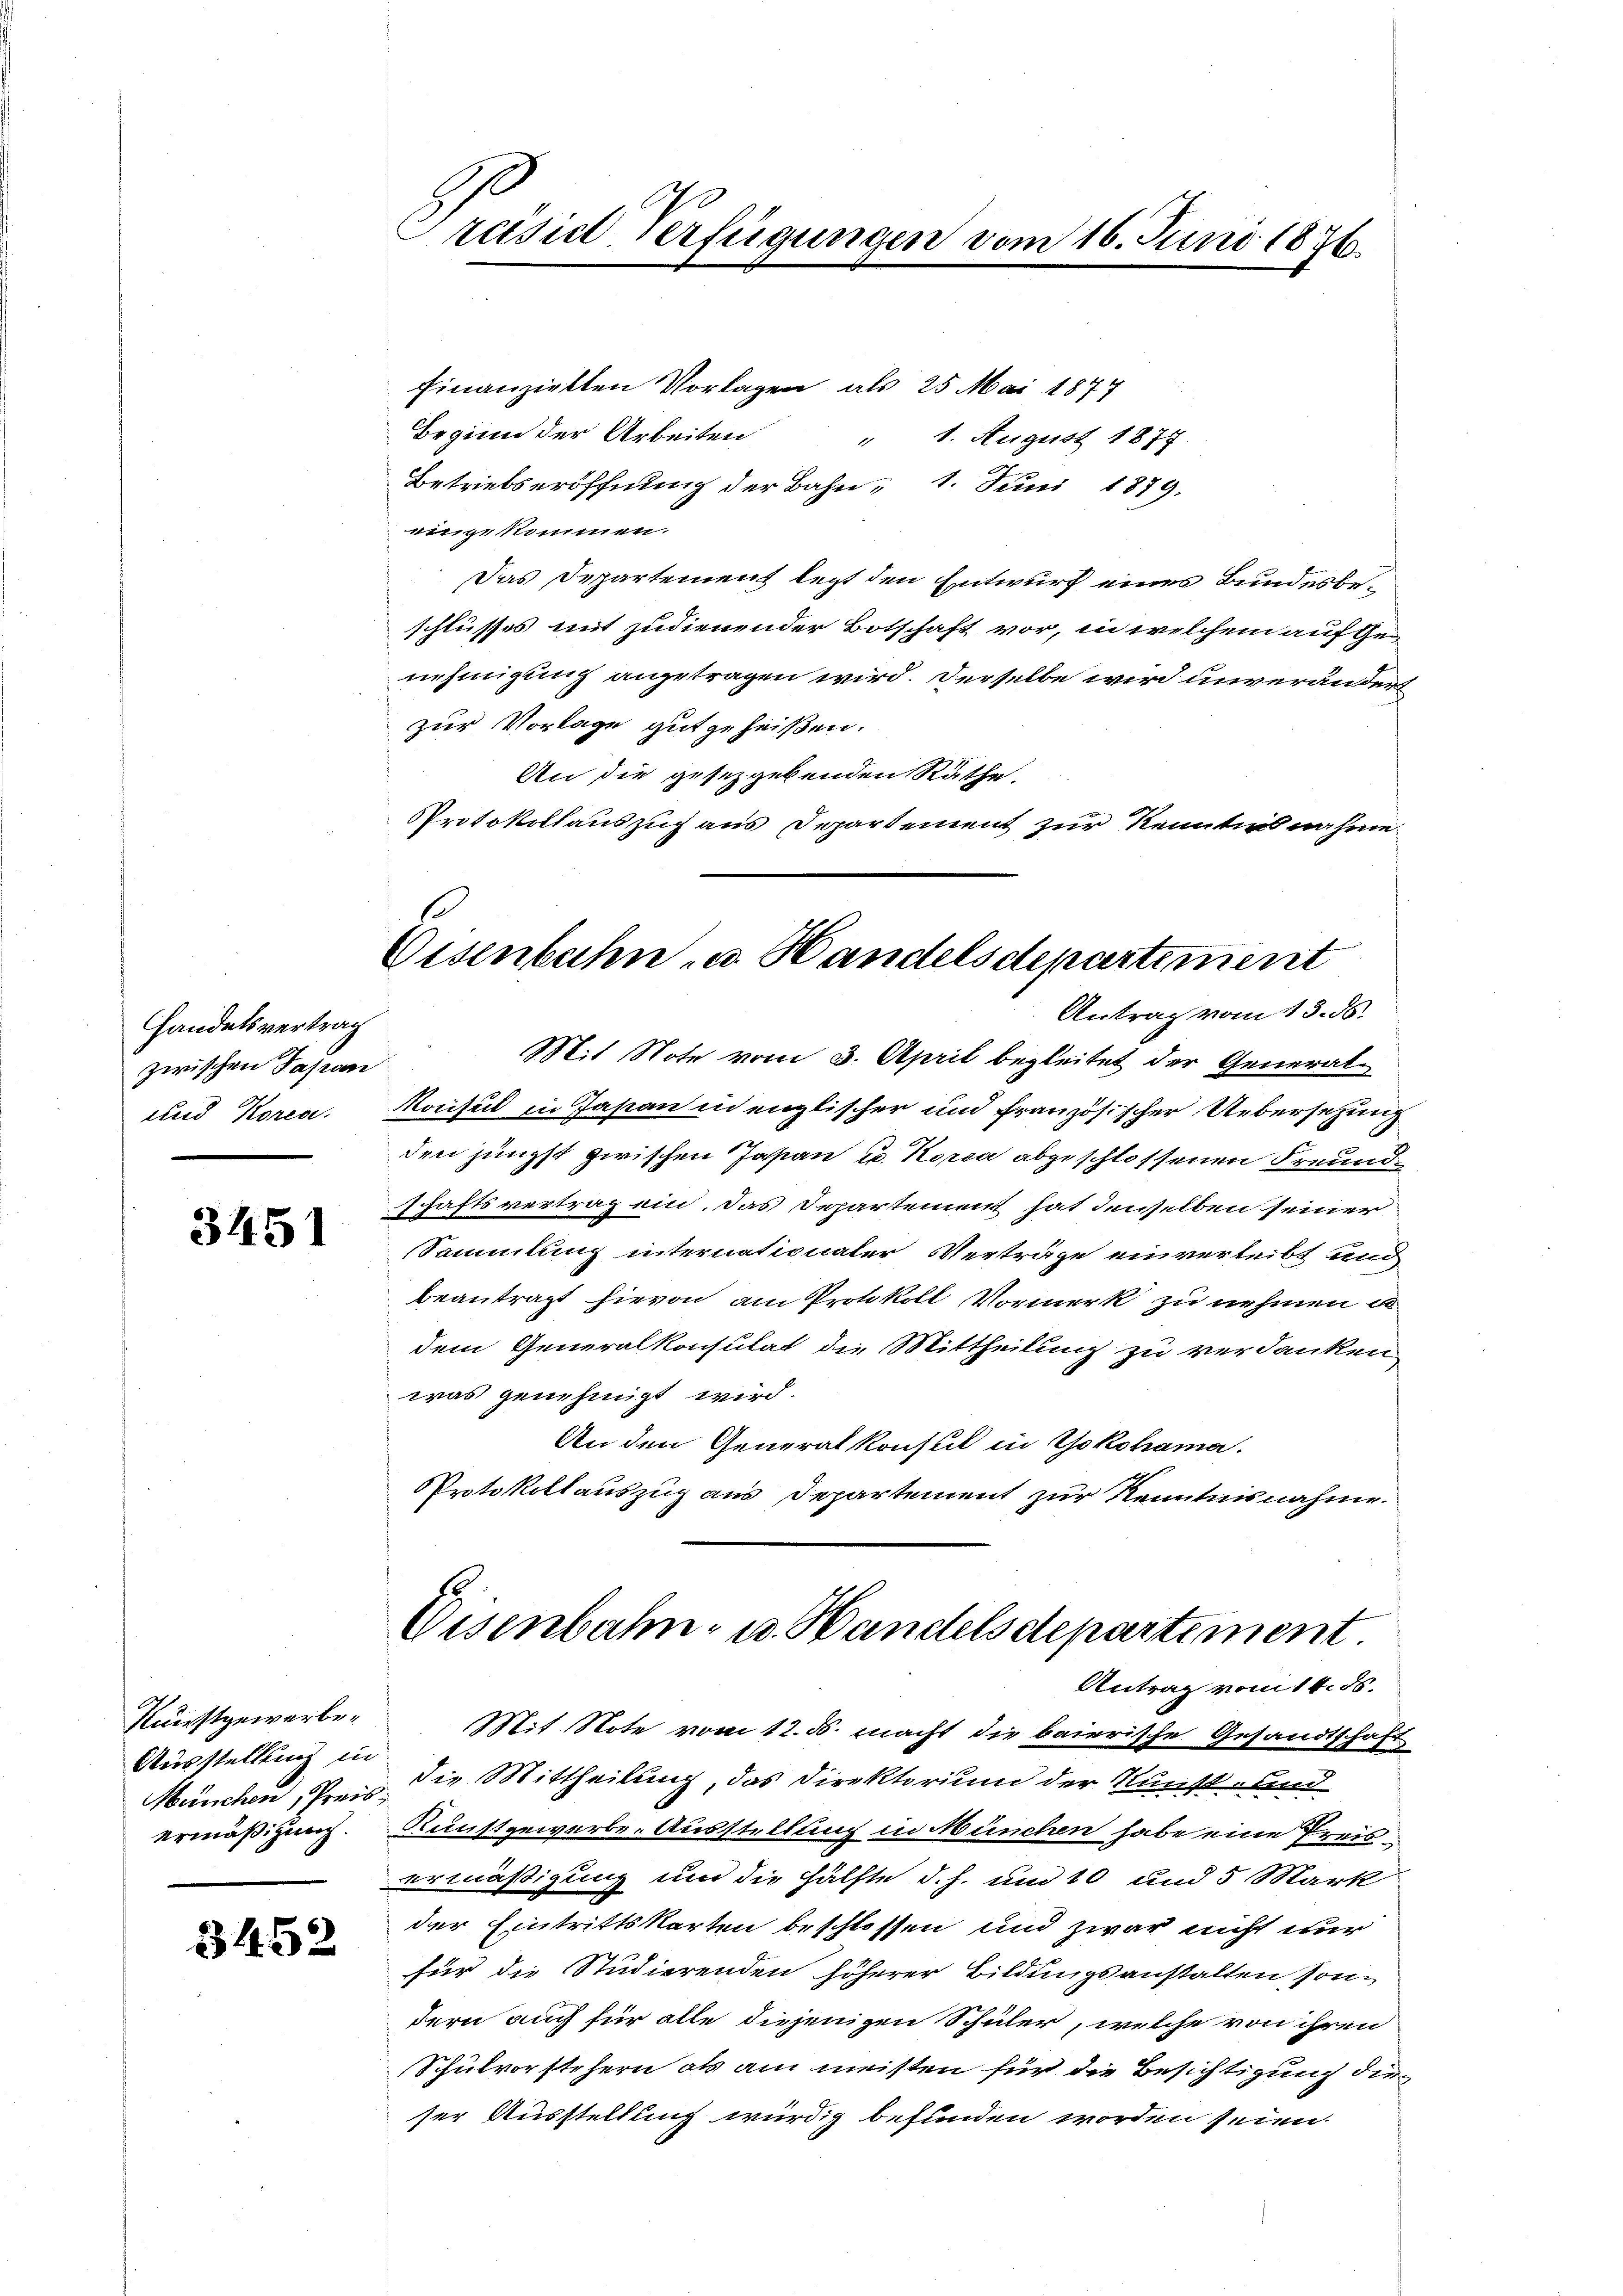
Handelsvertrag
zwischen Japani
und Korec

3451

Kunstgewerben
Ausstellung in
München, Preis-
ermäßigung.

3452

Präside Verfügungen vom 16. Juni 1876.

finanziellen Vorlagen, als 25 Mai 1877
Beginn der Arbeiten
" 1. August 1877.
Betriebseröffnung der Bahn- 1. Juni 1879.
eingekommen.
Das Departement legt den Entwurf eines Bundesbeschlusses mit zudienender Botschaft vor, in welchem auf Genehmigung angetragen wird. Derselbe wird unverändert
zur Vorlage gutgeheißen.
An die gesezgebenden Räthe.
Protokollauszug aus Departement zur Kenntias nahme

Eisenbahn u. Handelsdepartement
Antrag vom 13. ds.

Mit Note vom 3. April begleitet der General¬
Konsul in Japan in englischer und französischer Uebersetzung
den jüngst zwischen Japan u. Kopia abgeschlossenen Freundschaftsvertrag ein. Das Departement hat denselben seiner
sSammlung internationaler Verträge einverleibt und
beantragt hievon am Protokoll Vormerk zu nehmen
dem Generalkonsulat die Mittheilung zu verdanken
was genehmigt wird.
An den Generalkonsul in Yokohama.
Protokollauszug aus Departement zur Kenntnisnahme.
Eisenbahn- u. Handelsdepartement.
Antrag vom 14. ds.
Mit Note vom 12. ds. macht die baierische Gesandtschaft
die Mittheilung, das Direktorium der Kunst- und
Kunstgewerbe-Ausstellung in München habe eine Preisermäßigung und die Hälfte d. h. und 10 und 5 Mark
der Eintrittskarten beschlossen und zwar nicht nur
für die Studierenden höherer Bildungsanstalten son-
dern auch für alle diejenigen Schüler, welche von ihren
Schulvorstehern als am meisten für die Besichtigung die
ser Ausstellung würdig befunden worden seien.